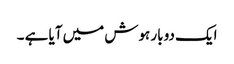
ایک دو بار ہوش میں آیا ہے ۔